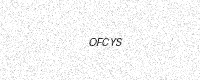
Text: OFCYS